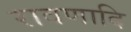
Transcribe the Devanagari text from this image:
रावणादि